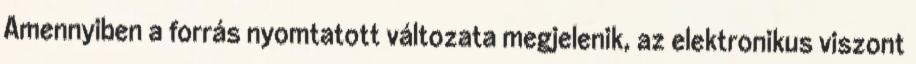
Amennyiben a forrás nyomtatott változata megjelenik, az elektronikus viszont